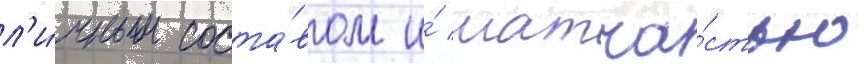
л'и́чным соста́вом и́ матча́стью